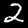
Digit: 2